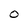
Character: O